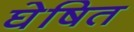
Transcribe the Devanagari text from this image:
घेषित